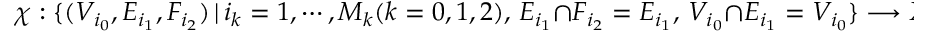
\chi : \{ ( V _ { i _ { 0 } } , E _ { i _ { 1 } } , F _ { i _ { 2 } } ) \, | \, i _ { k } = 1 , \cdots , M _ { k } ( k = 0 , 1 , 2 ) , \, E _ { i _ { 1 } } \cap F _ { i _ { 2 } } = E _ { i _ { 1 } } , \, V _ { i _ { 0 } } \cap E _ { i _ { 1 } } = V _ { i _ { 0 } } \} \longrightarrow X